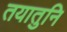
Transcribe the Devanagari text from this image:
तयातुनि